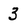
Character: 3